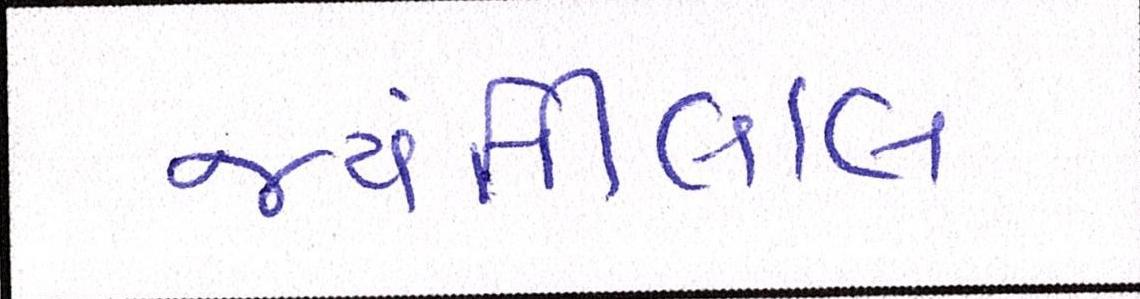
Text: જયંતીલાલ